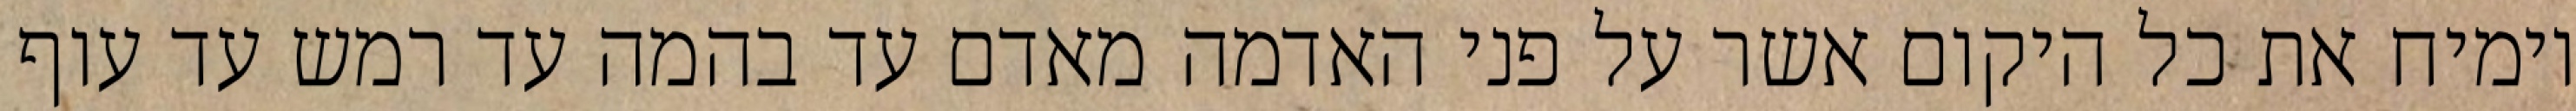
וימיח את כל היקום אשר על פני האדמה מאדם עד בהמה עד רמש עד עוף